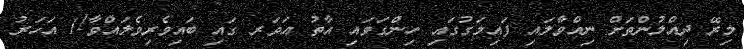
މިރޭ ދިއްލުންތަށް ނިއްވާލައި ފައިމަގުގައި ހިންގަވައި އާތު އަވަރ ގައި ބައިވެރިވެލައްވާ!1 އަހަރު